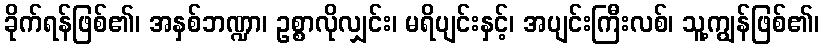
ခိုက်ရန်ဖြစ်၏၊ အနှစ်ဘဏ္ဍာ၊ ဥစ္စာလိုလျှင်း၊ မရိပျင်းနှင့်၊ အပျင်းကြီးလစ်၊ သူ့ကျွန်ဖြစ်၏၊